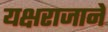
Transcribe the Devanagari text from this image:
यक्षराजाने